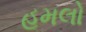
હૂમલો